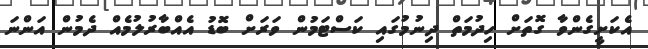
އެކަށީގެންވާ ގޮތަށް ހިދުމަތް ދިނުމުގައި ކަސްޓަމުން ވަރަށް ބޮޑު އެއްބާރުލުމެއް ދެމުން އަންނަ